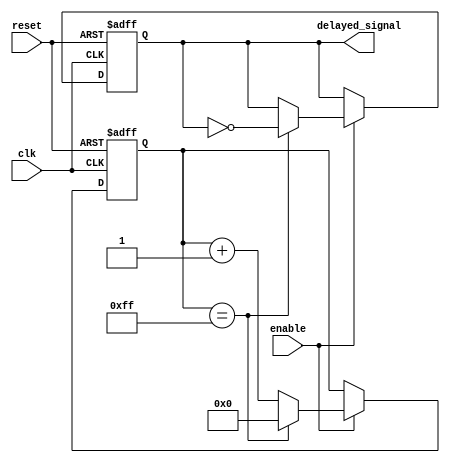
module RC_Delay(
    input wire clk,
    input wire reset,
    input wire enable,
    output wire delayed_signal
);

reg delayed_signal_reg;
reg [7:0] counter;

always @ (posedge clk or posedge reset) begin
    if (reset) begin
        delayed_signal_reg <= 1'b0;
        counter <= 8'b0;
    end else begin
        if (enable) begin
            if (counter == 8'hFF) begin
                delayed_signal_reg <= ~delayed_signal_reg;
                counter <= 8'b0;
            end else begin
                counter <= counter + 1;
            end
        end
    end
end

assign delayed_signal = delayed_signal_reg;

endmodule